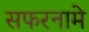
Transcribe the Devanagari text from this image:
सफरनामे